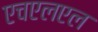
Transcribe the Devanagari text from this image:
एचएलएल